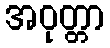
အဝုတ္တာ